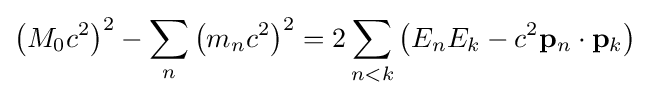
\left(M_{0}c^{2}\right)^{2}-\sum _{n}\left(m_{n}c^{2}\right)^{2}=2\sum _{n<k}\left(E_{n}E_{k}-c^{2}\mathbf {p} _{n}\cdot \mathbf {p} _{k}\right)